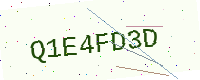
Text: Q1E4FD3D